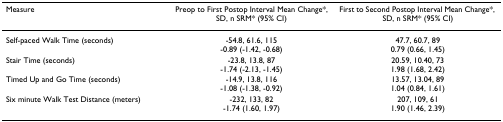
| Measure | Preop to First Postop Interval Mean Change*, SD, n SRM* (95% CI) | First to Second Postop Interval Mean Change*, SD, n SRM* (95% CI) |
 | --- | --- | --- |
 | Self-paced Walk Time (seconds) | -54.8, 61.6, 115-0.89 (-1.42, -0.68) | 47.7, 60.7, 890.79 (0.66, 1.45) |
 | Stair Time (seconds) | -23.8, 13.8, 87-1.74 (-2.13, -1.45) | 20.59, 10.40, 731.98 (1.68, 2.42) |
 | Timed Up and Go Time (seconds) | -14.9, 13.8, 116-1.08 (-1.38, -0.92) | 13.57, 13.04, 891.04 (0.84, 1.61) |
 | Six minute Walk Test Distance (meters) | -232, 133, 82-1.74 (1.60, 1.97) | 207, 109, 611.90 (1.46, 2.39) |